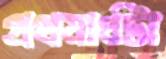
প্রথমার্ধটা